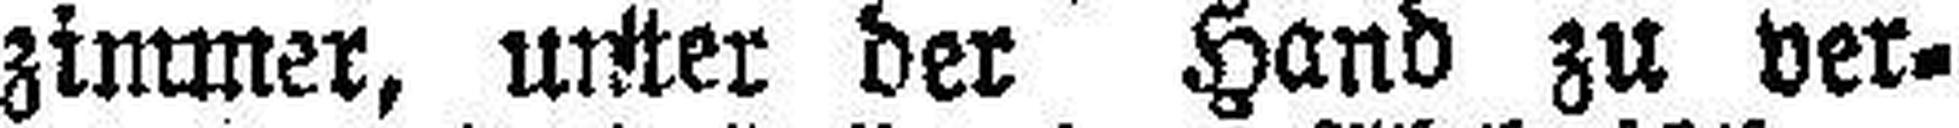
zimmer, unter der Hand zu ver¬